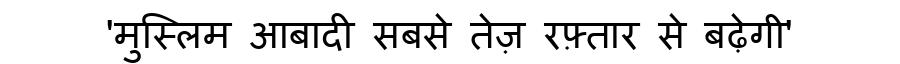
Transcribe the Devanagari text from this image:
'मुस्लिम आबादी सबसे तेज़ रफ़्तार से बढ़ेगी'